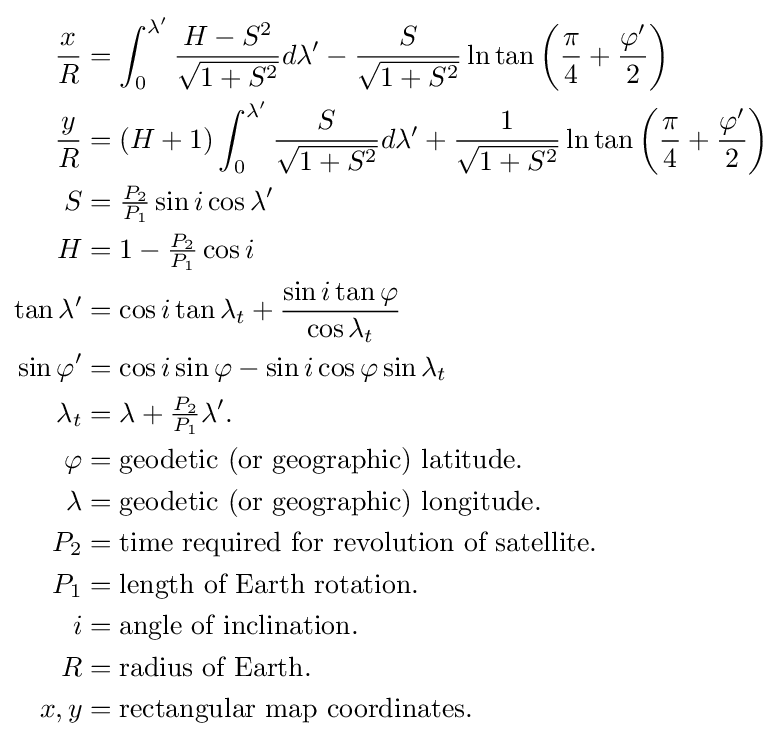
{\begin{aligned}{\frac {x}{R}}&=\int _{0}^{\lambda '}{\frac {H-S^{2}}{\sqrt {1+S^{2}}}}d\lambda '-{\frac {S}{\sqrt {1+S^{2}}}}\ln \tan \left({\frac {\pi }{4}}+{\frac {\varphi '}{2}}\right)\\{\frac {y}{R}}&=\left(H+1\right)\int _{0}^{\lambda '}{\frac {S}{\sqrt {1+S^{2}}}}d\lambda '+{\frac {1}{\sqrt {1+S^{2}}}}\ln \tan \left({\frac {\pi }{4}}+{\frac {\varphi '}{2}}\right)\\S&={\tfrac {P_{2}}{P_{1}}}\sin i\cos \lambda '\\H&=1-{\tfrac {P_{2}}{P_{1}}}\cos i\\\tan \lambda '&=\cos i\tan \lambda _{t}+{\frac {\sin i\tan \varphi }{\cos \lambda _{t}}}\\\sin \varphi '&=\cos i\sin \varphi -\sin i\cos \varphi \sin \lambda _{t}\\\lambda _{t}&=\lambda +{\tfrac {P_{2}}{P_{1}}}\lambda '.\\\varphi &={\text{geodetic (or geographic) latitude.}}\\\lambda &={\text{geodetic (or geographic) longitude.}}\\P_{2}&={\text{time required for revolution of satellite.}}\\P_{1}&={\text{length of Earth rotation.}}\\i&={\text{angle of inclination.}}\\R&={\text{radius of Earth.}}\\x,y&={\text{rectangular map coordinates.}}\end{aligned}}